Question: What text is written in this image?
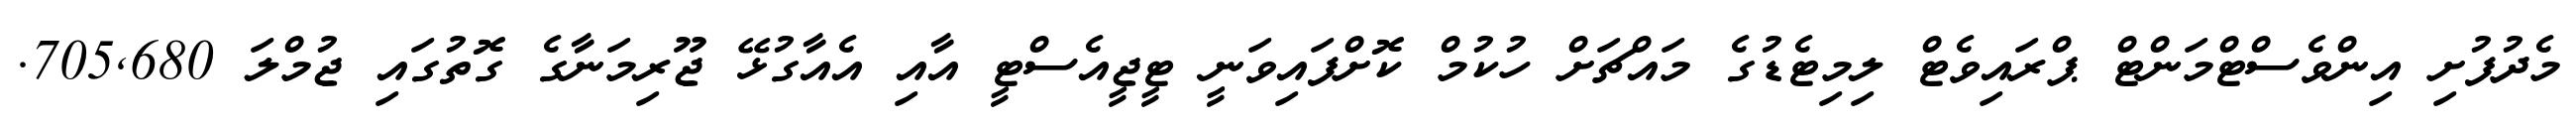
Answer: މެދުފުށި އިންވެސްޓްމަންޓް ޕްރައިވެޓް ލިމިޓެޑުގެ މައްޗަށް ހުކުމް ކޮށްފައިވަނީ ޓީޖީއެސްޓީ އާއި އެއާގުޅޭ ޖޫރިމަނާގެ ގޮތުގައި ޖުމްލަ 705,680.